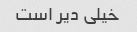
خیلی دیر است